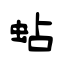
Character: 蛅